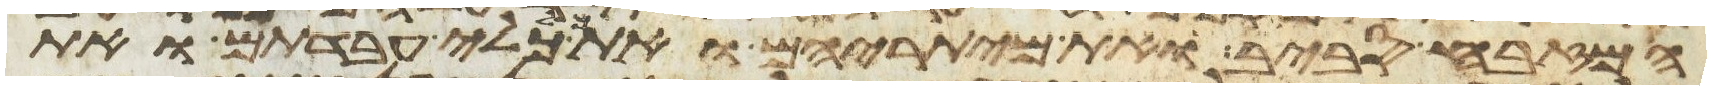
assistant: המזבח סביב ואת מיתריהם ואת כל כלי עבדתם ואת